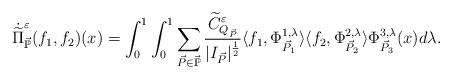
LaTeX: \begin{align*} \dot{\widetilde{\Pi}}^{\varepsilon}_{\vec{\mathbb{P}}}(f_{1},f_{2})(x)=\int_{0}^{1}\int_{0}^{1}\sum_{\vec{P}\in\vec{\mathbb{P}}} \frac{\widetilde{C}^{\varepsilon}_{Q_{\vec{P}}}}{|I_{\vec{P}}|^{\frac{1}{2}}} \langle f_{1},\Phi^{1,\lambda}_{\vec{P}_{1}}\rangle\langle f_{2},\Phi^{2,\lambda}_{\vec{P}_{2}}\rangle\Phi^{3,\lambda}_{\vec{P}_{3}}(x)d\lambda.\end{align*}